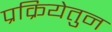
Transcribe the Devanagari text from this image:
प्रक्रियेतुन